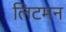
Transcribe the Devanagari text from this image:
लिटमन